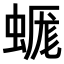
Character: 𧎞